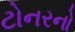
ટોનરનો